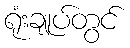
ရုံးချုပ်တွင်